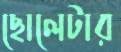
ছোলেটার